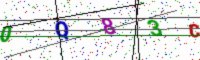
Text: 0Q83C